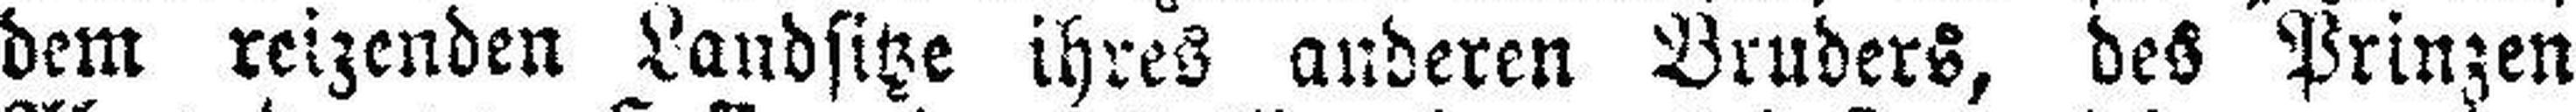
dem reizenden Landsitze ihres anderen Bruders, des Prinzen